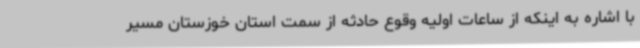
با اشاره به اینکه از ساعات اولیه وقوع حادثه از سمت استان خوزستان مسیر